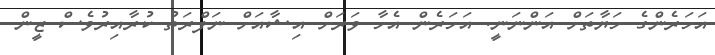
އަހަރެންގެ ހަޔާތަށް އަންނަނީ. އަހަރެން އެހާ ވަރަށް އިޝާއަށް ނަފްރަތު ކުރާއިރުވެސް ޒީން